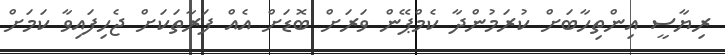
ރިޔާސީ އިންތިހާބަށް ކުރަމުންދާ ކެމްޕޭން ވަރަށް ބޮޑަށް އެއް ފަރާތަކަށް ޖެހިފައިވާ ކަމަށް